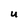
Character: U